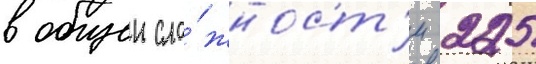
в общеи сло́жност'и 225